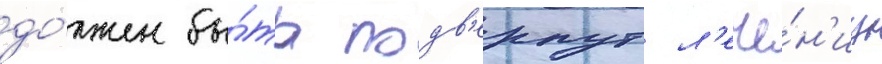
до́лжен бы́ть подв'ернут л'ече́н'иу